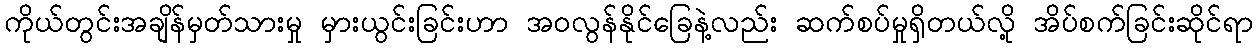
ကိုယ်တွင်းအချိန်မှတ်သားမှု မှားယွင်းခြင်းဟာ အဝလွန်နိုင်ခြေနဲ့လည်း ဆက်စပ်မှုရှိတယ်လို့ အိပ်စက်ခြင်းဆိုင်ရာ